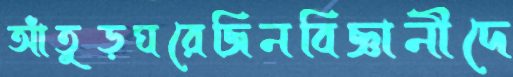
আঁতুড়ঘরেজিনবিজ্ঞানীদে